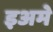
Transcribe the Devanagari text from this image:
इअमे